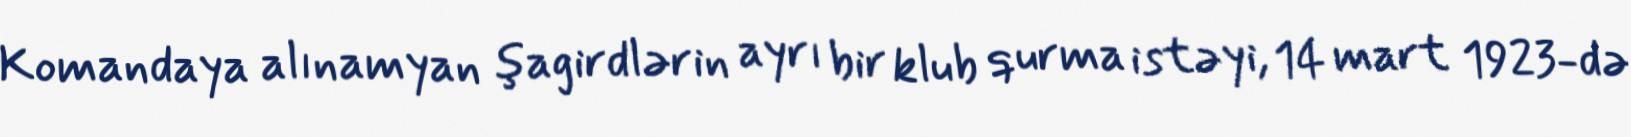
Komandaya alınamyan şagirdlərin ayrı bir klub qurma istəyi, 14 mart 1923-də